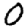
Digit: 0